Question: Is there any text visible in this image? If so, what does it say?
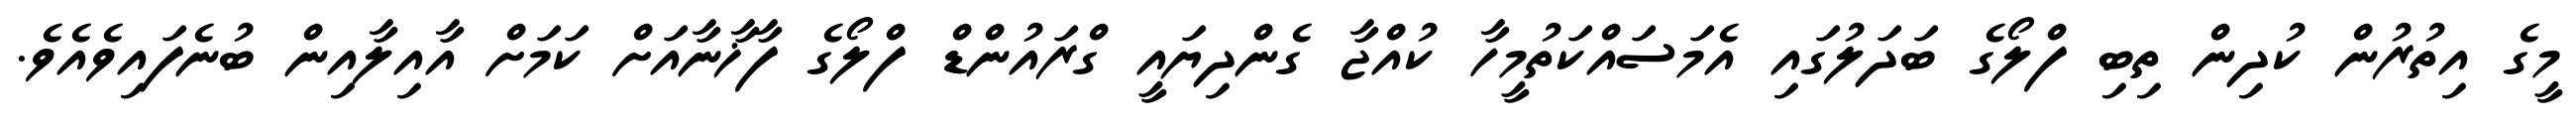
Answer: މީގެ އިތުރުން ކުދިން ތިބި ފްލޯގެ ބަދަލުގައި އެމަސައްކަތުމީހާ ކުއްޖާ ގެންދިޔައީ ގްރައުންޑް ފްލޯގެ ފާޚާނާއަށް ކަމަށް އާއިލާއިން ބުނެފައިވެއެވެ.